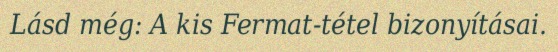
Lásd még: A kis Fermat-tétel bizonyításai.